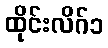
ထိုင်းလိဂ်၁